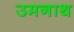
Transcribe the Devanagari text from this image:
उमनाथ